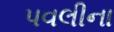
પવલીના